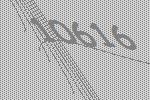
10616